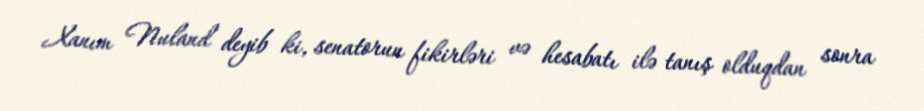
Xanım Nuland deyib ki, senatorun fikirləri və hesabatı ilə tanış olduqdan sonra